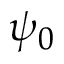
\psi _ { 0 }